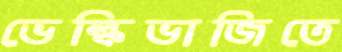
ভেল্কিভাজিতে